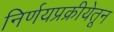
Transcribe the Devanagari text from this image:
निर्णयप्रक्रीयेतून